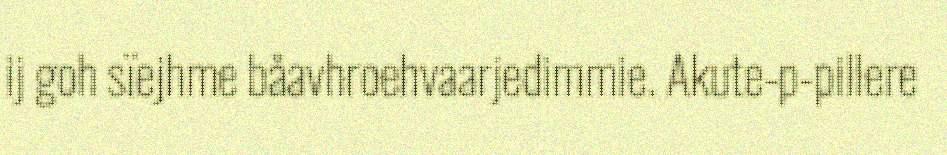
ij goh sïejhme båavhroehvaarjedimmie. Akute-p-pillere